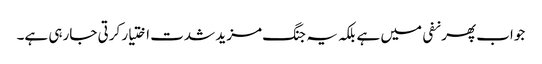
جواب پھر نفی میں ہے بلکہ یہ جنگ مزید شدت اختیار کرتی جارہی ہے۔